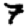
Digit: 7